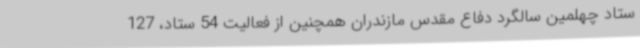
ستاد چهلمین سالگرد دفاع مقدس مازندران همچنین از فعالیت 54 ستاد، 127